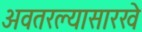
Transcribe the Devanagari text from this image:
अवतरल्यासारखे